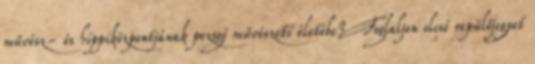
művész- és hippiközpontjának pezsgő művészeti életébe? Foglaljon olcsó repülőjegyet